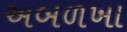
અબળખા